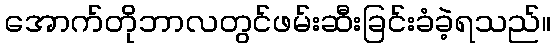
အောက်တိုဘာလတွင်ဖမ်းဆီးခြင်းခံခဲ့ရသည်။